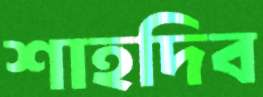
শাহদিব